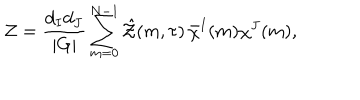
{ \cal Z } = \frac { d _ { I } d _ { J } } { | G | } \sum _ { m = 0 } ^ { N - 1 } \hat { \cal Z } ( m , \tau ) \thinspace \bar { \chi } ^ { I } ( m ) \chi ^ { J } ( m ) ,